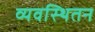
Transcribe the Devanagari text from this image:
व्यवस्थितन